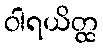
ဝါရယိတ္ထ